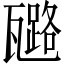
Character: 𤮗